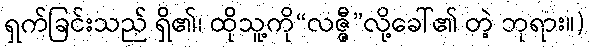
ရှက်ခြင်းသည် ရှိ၏၊ ထိုသူ့ကို“လဇ္ဇီ”လို့ခေါ်၏ တဲ့ ဘုရား။)